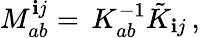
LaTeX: M_{ab}^{\mathbf{i}j}=\, K_{ab}^{-1}\tilde{{K}}_{\mathbf{i}j}\, ,